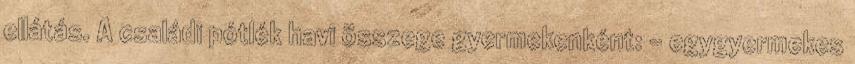
ellátás. A családi pótlék havi összege gyermekenként: – egygyermekes